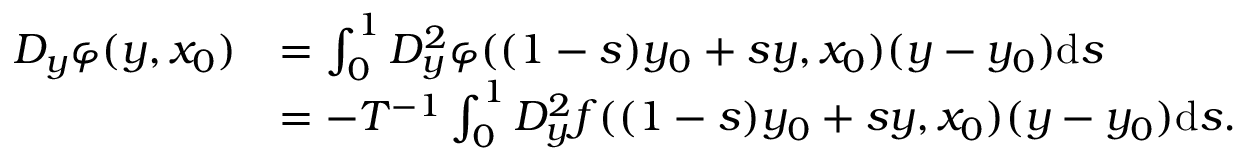
\begin{array} { r l } { D _ { y } \varphi ( y , x _ { 0 } ) } & { = \int _ { 0 } ^ { 1 } D _ { y } ^ { 2 } \varphi ( ( 1 - s ) y _ { 0 } + s y , x _ { 0 } ) ( y - y _ { 0 } ) \mathrm { d } s } \\ & { = - T ^ { - 1 } \int _ { 0 } ^ { 1 } D _ { y } ^ { 2 } f ( ( 1 - s ) y _ { 0 } + s y , x _ { 0 } ) ( y - y _ { 0 } ) \mathrm { d } s . } \end{array}